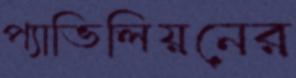
প্যাভিলিয়নের